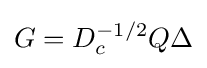
G=D_{c}^{-1/2}Q\Delta